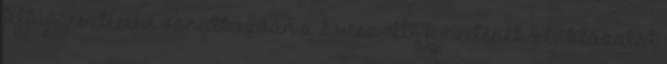
felfüggesztésére vonatkozóan a 2. rész IV. fejezetének 9. táblázatát